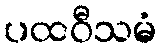
ပထဝီသမံ